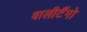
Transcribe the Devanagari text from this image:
वालीटैंगो